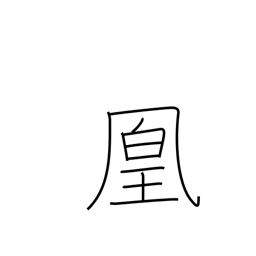
Meaning: female phoenix bird